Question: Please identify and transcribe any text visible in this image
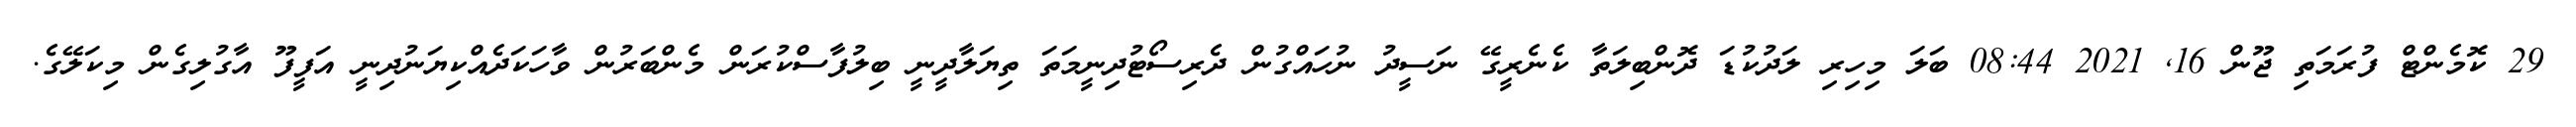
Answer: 29 ކޮމެންޓް ފުރަމަތި ޖޫން 16, 2021 08:44 ބަލަ މިހިރި ލަދުކުޑަ ދޮންބިލަތާ ކެނެރީގޭ ނަސީދު ނުހައްގުން ދެރިސޯޓުދިނީމަތަ ތިޔަލާދީނީ ބިލުފާސްކުރަން މެންބަރުން ވާހަކަދެއްކިޔަނުދިނީ އަފީފޫ އާގުލިގެން މިކަލޭގެ.